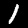
Label: 1